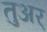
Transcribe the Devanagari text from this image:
तुअर्